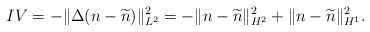
\begin{align*}IV = - \Vert \Delta (n-\widetilde{n}) \Vert_{L^2}^2 = - \Vert n-\widetilde{n} \Vert_{H^2}^2 + \Vert n-\widetilde{n} \Vert_{H^1}^2 .\end{align*}